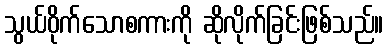
သွယ်ဝိုက်သောစကားကို ဆိုလိုက်ခြင်းဖြစ်သည်။